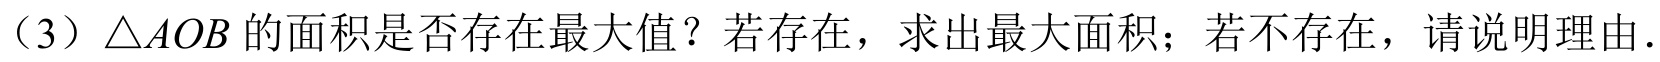
（3）$\triangle AOB$ 的面积是否存在最大值？若存在，求出最大面积；若不存在，请说明理由.